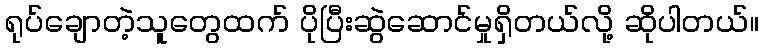
ရုပ်ချောတဲ့သူတွေထက် ပိုပြီးဆွဲဆောင်မှုရှိတယ်လို့ ဆိုပါတယ်။